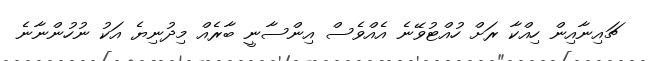
ޗައިނާއިން ހިއްކާ ރަށް ހުއްޓުވޭނެ އެއްވެސް އިންސާނީ ބާރެއް މިދުނިޔެ އަކު ނުހުންނާނެ